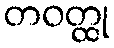
တဝတ္ထု